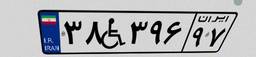
۳۸W۳۹۶۹۷